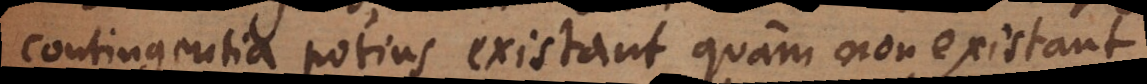
contingentia potius existant quam non existant,